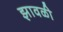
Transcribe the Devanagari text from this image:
झावळी